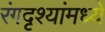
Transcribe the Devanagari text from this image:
रंगदृश्यांमध्ये